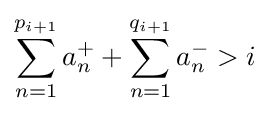
\sum _{n=1}^{p_{i+1}}a_{n}^{+}+\sum _{n=1}^{q_{i+1}}a_{n}^{-}>i